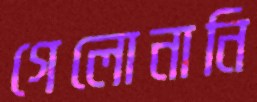
গেলোনানি